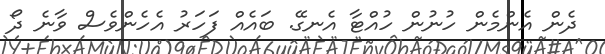
ދެން އެންމެން ހުނުން ހުއްޓާ އެނގޭ. ބައެއް ފަހަރު އެހެންވެސް ވާނެ ދޯ